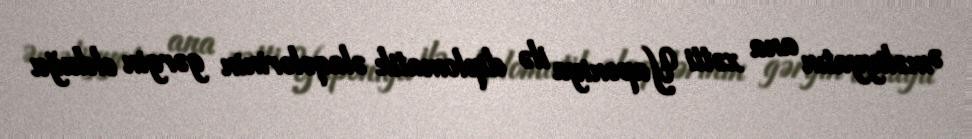
Əməliyyatın ana xətti Yaponiya ilə diplomatik əlaqələrinin gərgin olduğu